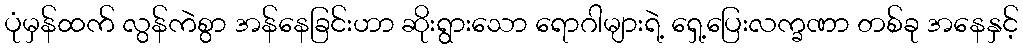
ပုံမှန်ထက် လွန်ကဲစွာ အန်နေခြင်းဟာ ဆိုးရွားသော ရောဂါများရဲ့ ရှေ့ပြေးလက္ခဏာ တစ်ခု အနေနှင့်